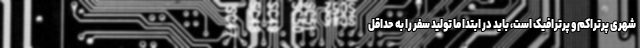
شهری پرتراکم و پرترافیک است، باید در ابتدا ما تولید سفر را به حداقل